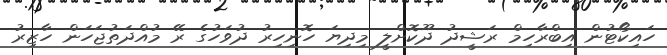
ހައިކޯޓުން އިބްރާހިމް ރަޝީދު ދޫކޮށްލީ މިދިޔަ ހޮނިހިރު ދުވަހުގެ ރޭ މުއްދަތުޖަހަން ހާޒިރު